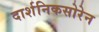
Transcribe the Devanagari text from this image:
दार्शनिकसोरेन